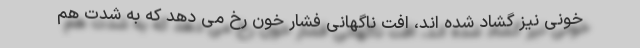
خونی نیز گشاد شده اند، افت ناگهانی فشار خون رخ می دهد که به شدت هم